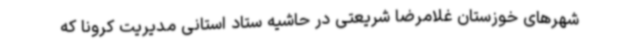
شهرهای خوزستان غلامرضا شریعتی در حاشیه ستاد استانی مدیریت کرونا که